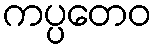
ကပ္ပတေဝ